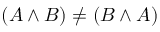
( A \land B ) \neq ( B \land A )